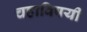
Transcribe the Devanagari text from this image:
चहाविषयी